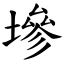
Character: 墋